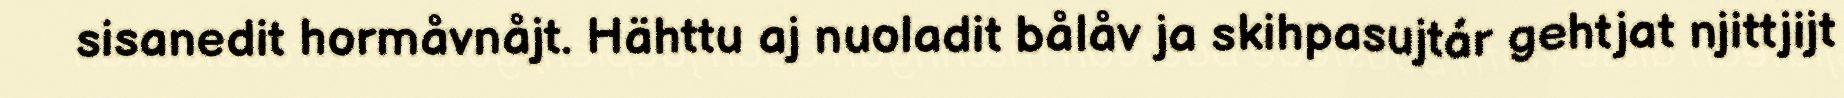
sisanedit hormåvnåjt. Hähttu aj nuoladit bålåv ja skihpasujtár gehtjat njittjijt